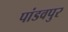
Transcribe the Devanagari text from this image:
पांडवपुर